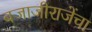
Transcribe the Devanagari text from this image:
बजाजीराजेंचा